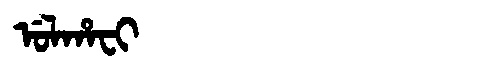
Manchu: ᡠᠯᡥᠠᠸᡳ
Romanization: ULHAFI